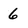
Character: 6